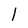
Character: l